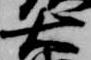
右